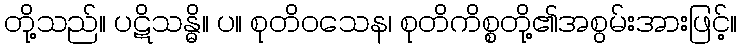
တို့သည်။ ပဋိသန္ဓိ။ ပ။ စုတိဝသေန၊ စုတိကိစ္စတို့၏အစွမ်းအားဖြင့်။